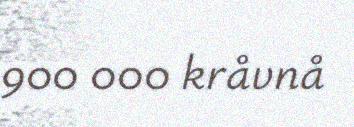
900 000 kråvnå